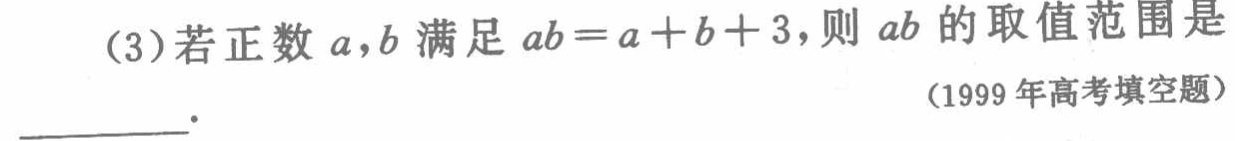
(3)若正数\(a,b\)满足\(ab = a + b + 3\)，则\(ab\)的取值范围是___.

(1999年高考填空题)